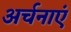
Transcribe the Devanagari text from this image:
अर्चनाएं